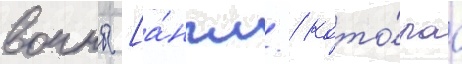
воины [а́нгл. / кото́раа